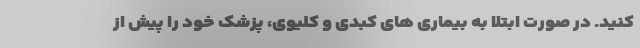
کنید. در صورت ابتلا به بیماری های کبدی و کلیوی، پزشک خود را پیش از